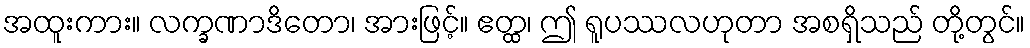
အထူးကား။ လက္ခဏာဒိတော၊ အားဖြင့်။ ဧတ္ထ၊ ဤ ရူပဿလဟုတာ အစရှိသည် တို့တွင်။